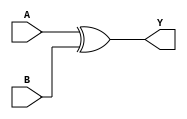
module XOR2X1 (A, B, Y);
input  A ;
input  B ;
output Y ;

   xor (Y, A, B);

   specify
     // delay parameters
     specparam
       tpllh$B$Y = 0.18:0.18:0.18,
       tplhl$B$Y = 0.18:0.18:0.18,
       tpllh$A$Y = 0.16:0.16:0.16,
       tplhl$A$Y = 0.15:0.15:0.15;

     // path delays
     (A *> Y) = (tpllh$A$Y, tplhl$A$Y);
     (B *> Y) = (tpllh$B$Y, tplhl$B$Y);

   endspecify

endmodule